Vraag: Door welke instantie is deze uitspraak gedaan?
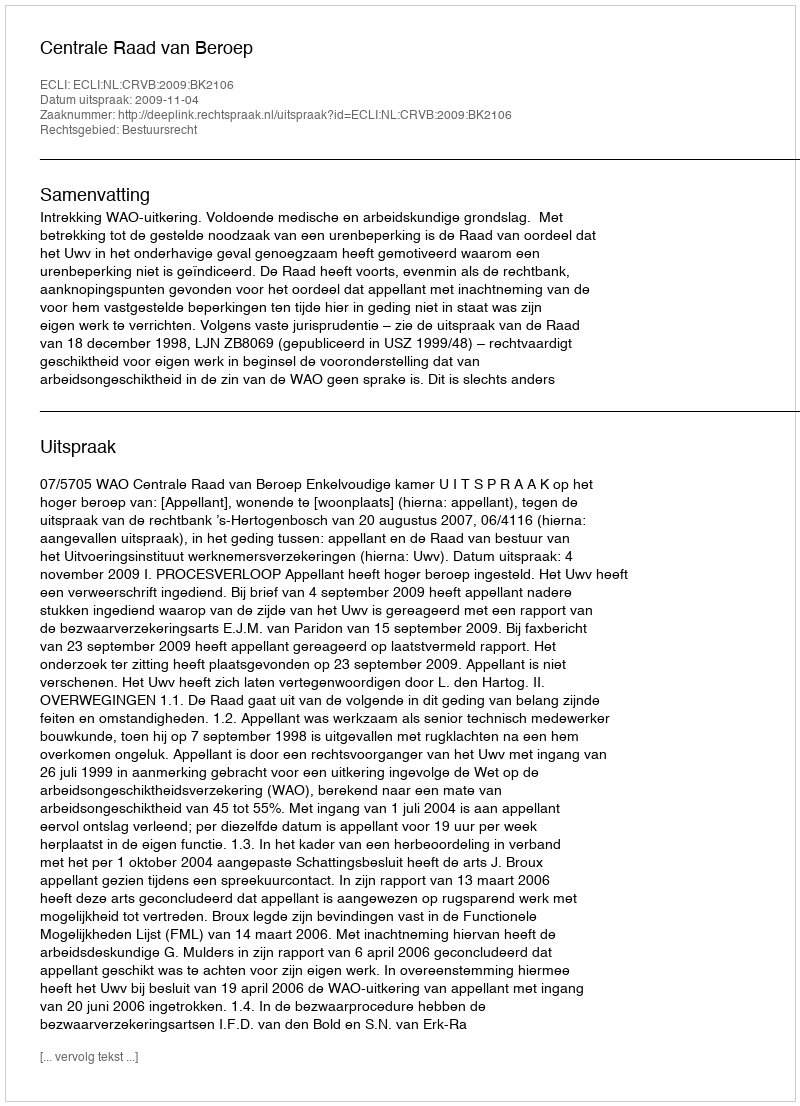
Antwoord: Centrale Raad van Beroep